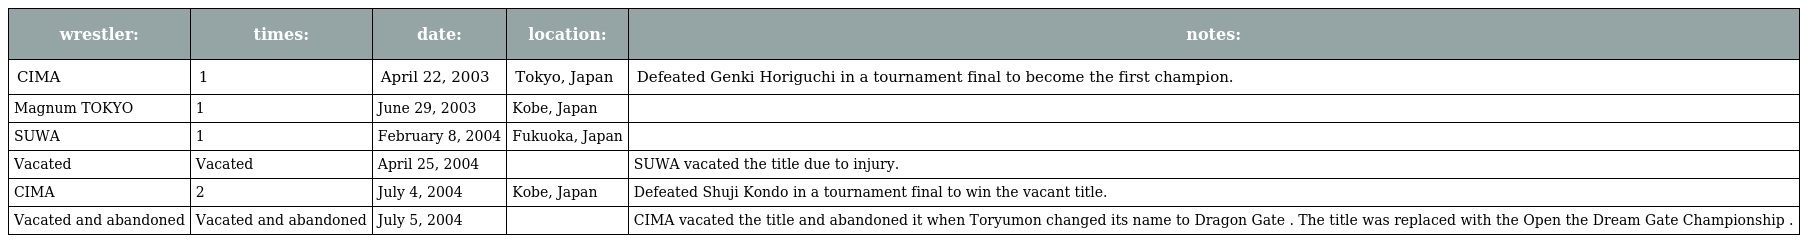
| wrestler: | times: | date: | location: | notes: |
 | --- | --- | --- | --- | --- |
 | CIMA | 1 | April 22, 2003 | Tokyo, Japan | Defeated Genki Horiguchi in a tournament final to become the first champion. |
 | Magnum TOKYO | 1 | June 29, 2003 | Kobe, Japan |  |
 | SUWA | 1 | February 8, 2004 | Fukuoka, Japan |  |
 | Vacated | Vacated | April 25, 2004 |  | SUWA vacated the title due to injury. |
 | CIMA | 2 | July 4, 2004 | Kobe, Japan | Defeated Shuji Kondo in a tournament final to win the vacant title. |
 | Vacated and abandoned | Vacated and abandoned | July 5, 2004 |  | CIMA vacated the title and abandoned it when Toryumon changed its name to Dragon Gate . The title was replaced with the Open the Dream Gate Championship . |